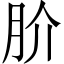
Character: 𭨫